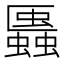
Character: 𧓨